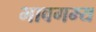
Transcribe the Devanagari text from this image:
भावगम्य